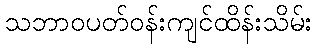
သဘာဝပတ်ဝန်းကျင်ထိန်းသိမ်း